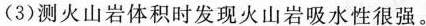
(3)测火山岩体积时发现火山岩吸水性很强。